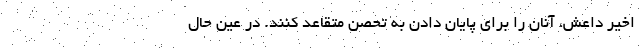
اخیر داعش، آنان را برای پایان دادن به تحصن متقاعد کنند. در عین حال